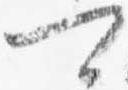
可